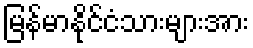
မြန်မာနိုင်ငံသားများအား